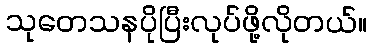
သုတေသနပိုပြီးလုပ်ဖို့လိုတယ်။